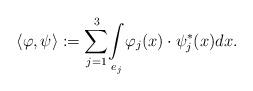
LaTeX: \begin{align*}\langle\varphi,\psi\rangle:=\underset{j=1}{\overset{3}{\sum}}\underset{e_j}{\int}\varphi_j(x)\cdot\psi_j^*(x)dx.\end{align*}